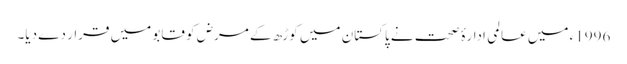
1996ء میں عالمی ادارۂ صحت نے پاکستان میں کوڑھ کے مرض کو قابو میں قرار دے دیا۔